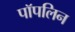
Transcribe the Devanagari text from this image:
पॉपलिन